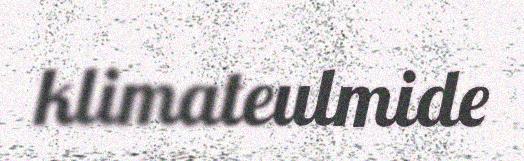
klimateulmide